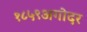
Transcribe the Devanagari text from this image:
१८५९अगोदर